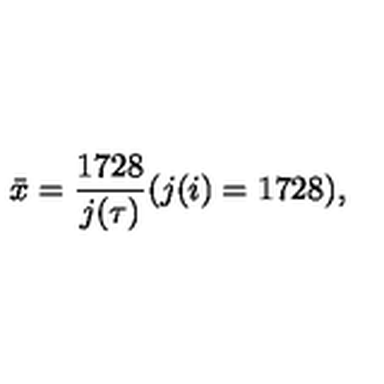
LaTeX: { \bar { x } } = \frac { 1 7 2 8 } { j ( \tau ) } ( j ( i ) = 1 7 2 8 ) ,